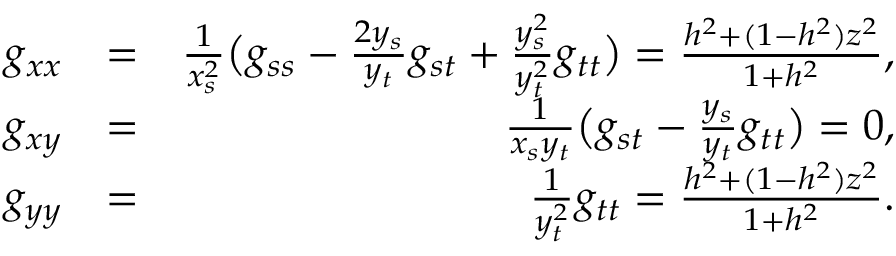
\begin{array} { r l r } { g _ { x x } } & { = } & { \frac { 1 } { x _ { s } ^ { 2 } } \big ( g _ { s s } - \frac { 2 y _ { s } } { y _ { t } } g _ { s t } + \frac { y _ { s } ^ { 2 } } { y _ { t } ^ { 2 } } g _ { t t } \big ) = \frac { h ^ { 2 } + ( 1 - h ^ { 2 } ) z ^ { 2 } } { 1 + h ^ { 2 } } , } \\ { g _ { x y } } & { = } & { \frac { 1 } { x _ { s } y _ { t } } \big ( g _ { s t } - \frac { y _ { s } } { y _ { t } } g _ { t t } \big ) = 0 , } \\ { g _ { y y } } & { = } & { \frac { 1 } { y _ { t } ^ { 2 } } g _ { t t } = \frac { h ^ { 2 } + ( 1 - h ^ { 2 } ) z ^ { 2 } } { 1 + h ^ { 2 } } . } \end{array}